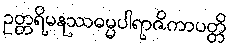
ဥတ္တရိမနုဿဓမ္မပါရာဇိကာပတ္တိ